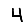
Digit: 4